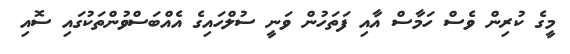
މީގެ ކުރިން ވެސް ހަމާސް އާއި ފަތަހުން ވަނީ ސުލްހައިގެ އެއްބަސްވުންތަކުގައި ސޮއި